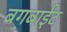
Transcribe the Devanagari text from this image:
बगबाईट